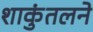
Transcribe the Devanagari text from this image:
शाकुंतलने